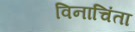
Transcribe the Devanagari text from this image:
विनाचिंता